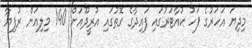
މިދިޔަ އަހަރުގެ ފަހު ކުއާޓަރުގައި ފައިދާގެ ގޮތުގައި އުރީދޫއަށް 140 މިލިއަން ރުފިޔާ